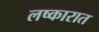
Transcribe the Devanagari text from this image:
लष्कारात